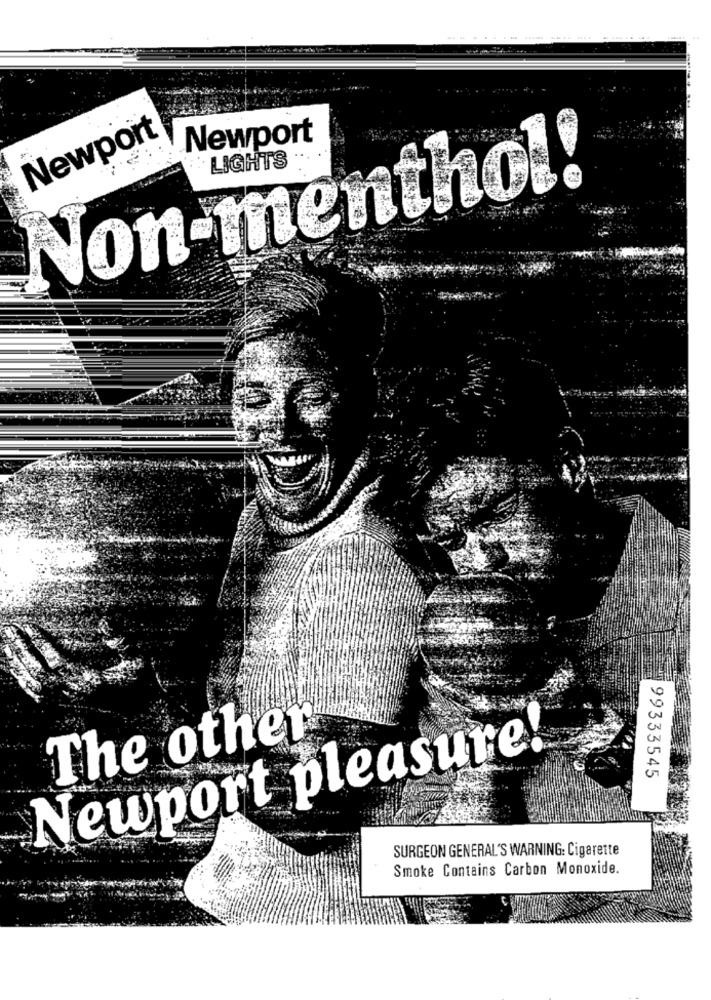
...
....
.........
Newport
Newport
LIGHTS
Non-menthol!
The other
Newport pleasure!
99333545
SURGEON GENERAL'S WARNING: Cigarette
Smoke Contains Carbon Monoxide.